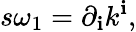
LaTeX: s\omega_{1}=\partial_{\mathbf{i}}k^{\mathbf{i}},